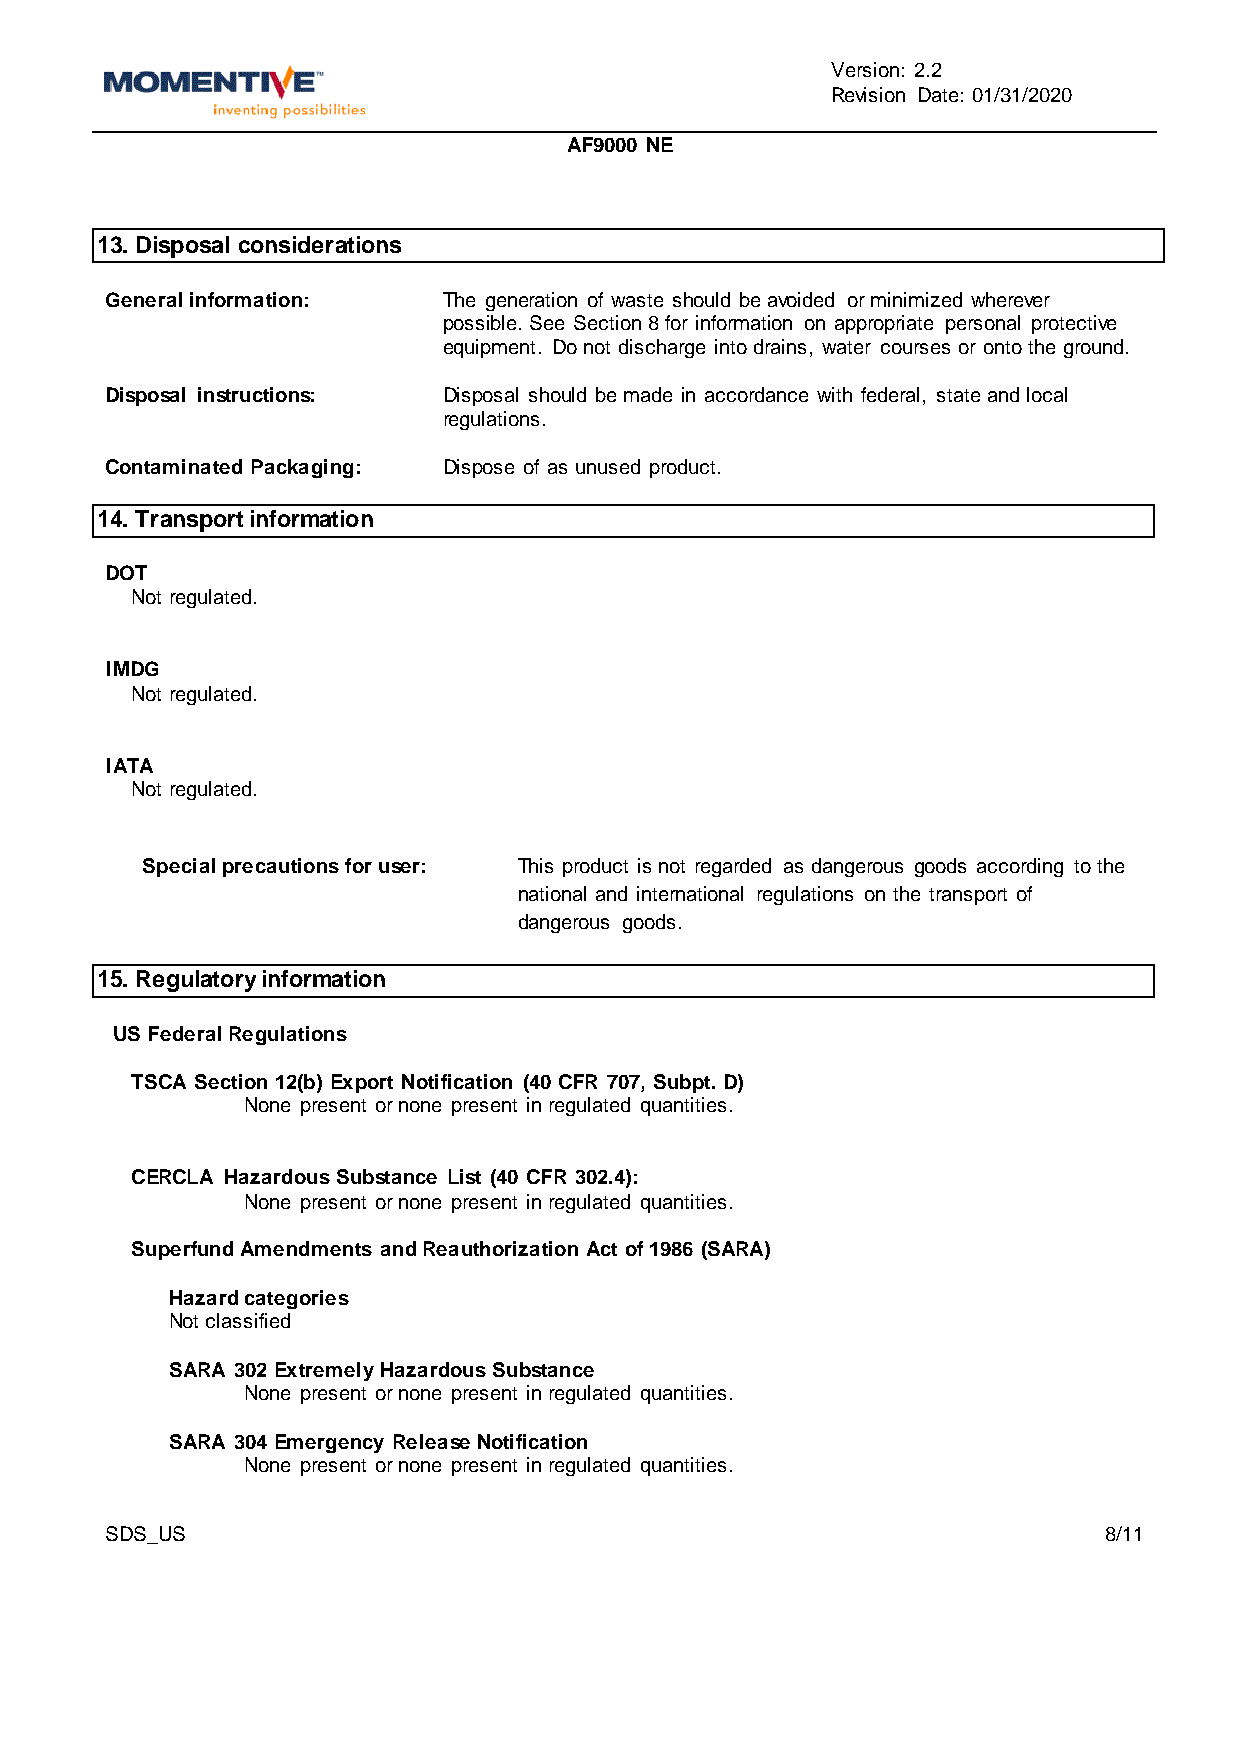
Version: 2.2
 Revision Date: 01/31/2020
 AF9000 NE
 13. Disposal considerations
 General information:  The generation of waste should be avoided or minimized wherever
 possible. See Section 8 for information on appropriate personal protective
 equipment. Do not discharge into drains, water courses or onto the ground.
 Disposal instructions: Disposal should be made in accordance with federal, state and local
 regulations.
 Contaminated Packaging: Dispose of as unused product.
 14. Transport information
 DOT
 Not regulated.
 IMDG
 Not regulated.
 IATA
 Not regulated.
 Special precautions for user: This product is not regarded as dangerous goods according to the
 national and international regulations on the transport of
 dangerous goods.
 15. Regulatory information
 US Federal Regulations
 TSCA Section 12(b) Export Notification (40 CFR 707, Subpt. D)
 None present or none present in regulated quantities.
 CERCLA Hazardous Substance List (40 CFR 302.4):
 None present or none present in regulated quantities.
 Superfund Amendments and Reauthorization Act of 1986 (SARA)
 Hazard categories
 Not classified
 SARA 302 Extremely Hazardous Substance
 None present or none present in regulated quantities.
 SARA 304 Emergency Release Notification
 None present or none present in regulated quantities.
 SDS_US                                                            8/11